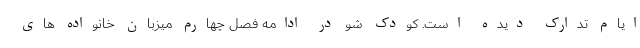
ایام تدارک دیده است. کودک شو در ادامه فصل چهارم میزبان خانواده های